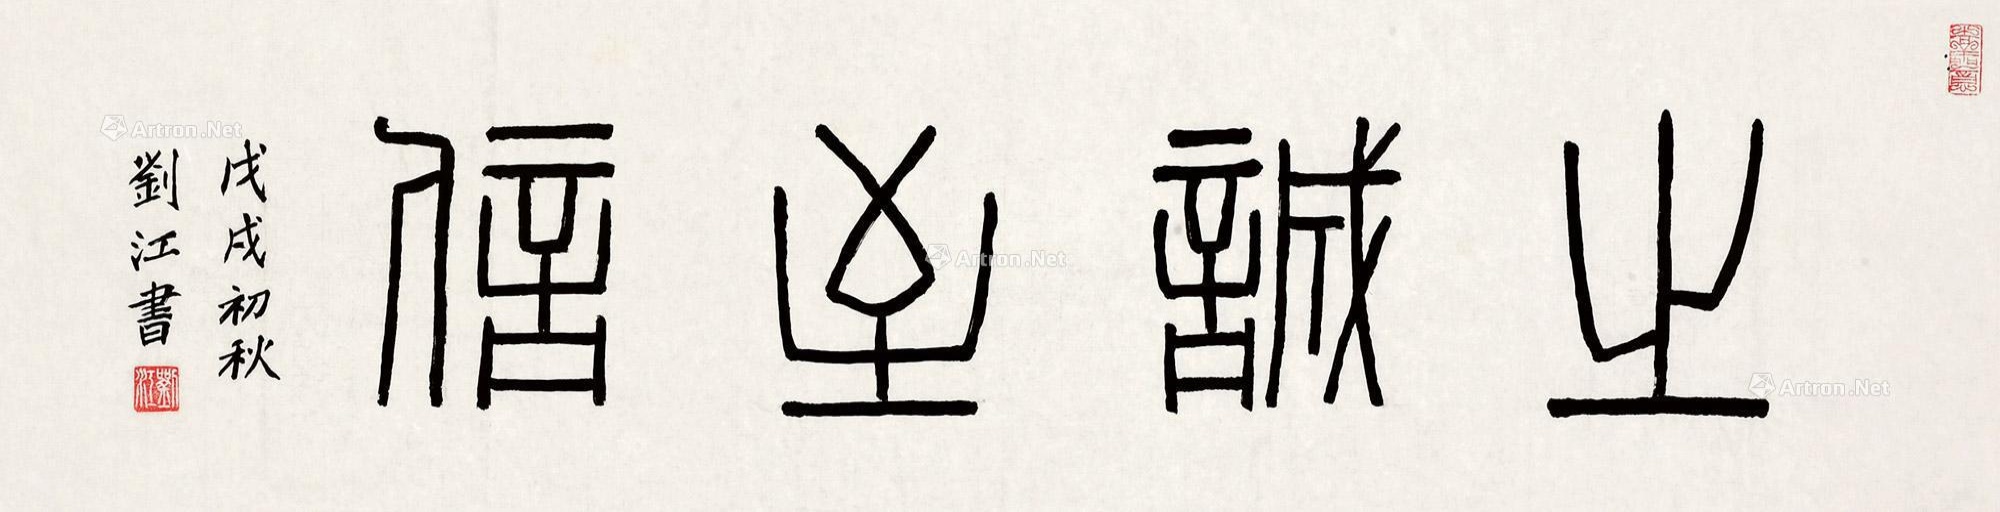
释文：之诚至信。戊戌初秋刘江书。